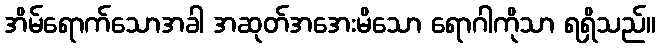
အိမ်ရောက်သောအခါ အဆုတ်အအေးမိသော ရောဂါကိုသာ ရရှိသည်။